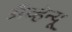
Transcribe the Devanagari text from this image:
अँव्हेन्यू